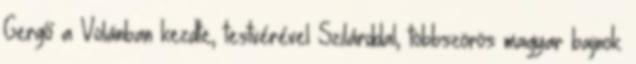
Gergő a Volánban kezdte, testvérével Szilárddal, többszörös magyar bajnok.